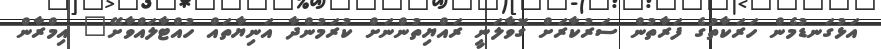
އަޅުގަނޑުމެން ހަރަކާތުގެ ފަރާތުން ސަރުކާރަށް ގޮވާލަނީ ރައްޔިތުންނަށް ކުރަމުންދާ އަނިޔާތައް ހުއްޓާލައްވާށޭ" އިމްރާން